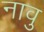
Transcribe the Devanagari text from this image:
नावु